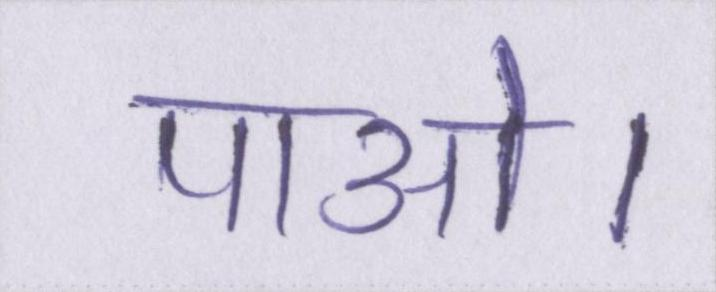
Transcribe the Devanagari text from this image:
पाओ।